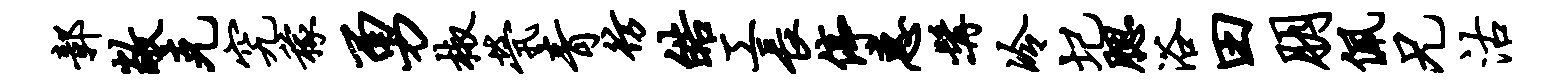
鄣敞克究稼勇椒茕青彷皓工长停惠髯冷圮腮浴田朋佩兄沽